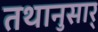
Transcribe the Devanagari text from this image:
तथानुसार्